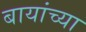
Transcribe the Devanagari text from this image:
बायांच्या